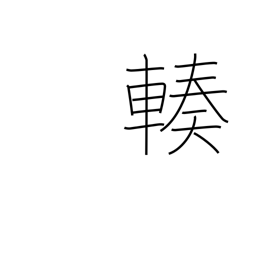
Meaning: gather